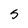
Character: 5